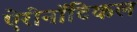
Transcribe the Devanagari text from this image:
ऐरोनॉटिकल